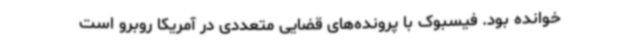
خوانده بود. فیسبوک با پرونده‌های قضایی متعددی در آمریکا روبرو است